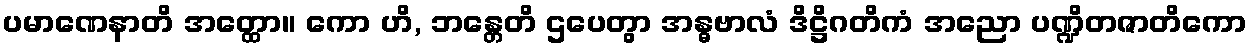
ပမာဏေနာတိ အတ္ထော။ ကော ဟိ, ဘန္တေတိ ဌပေတွာ အန္ဓဗာလံ ဒိဋ္ဌိဂတိကံ အညော ပဏ္ဍိတဇာတိကော